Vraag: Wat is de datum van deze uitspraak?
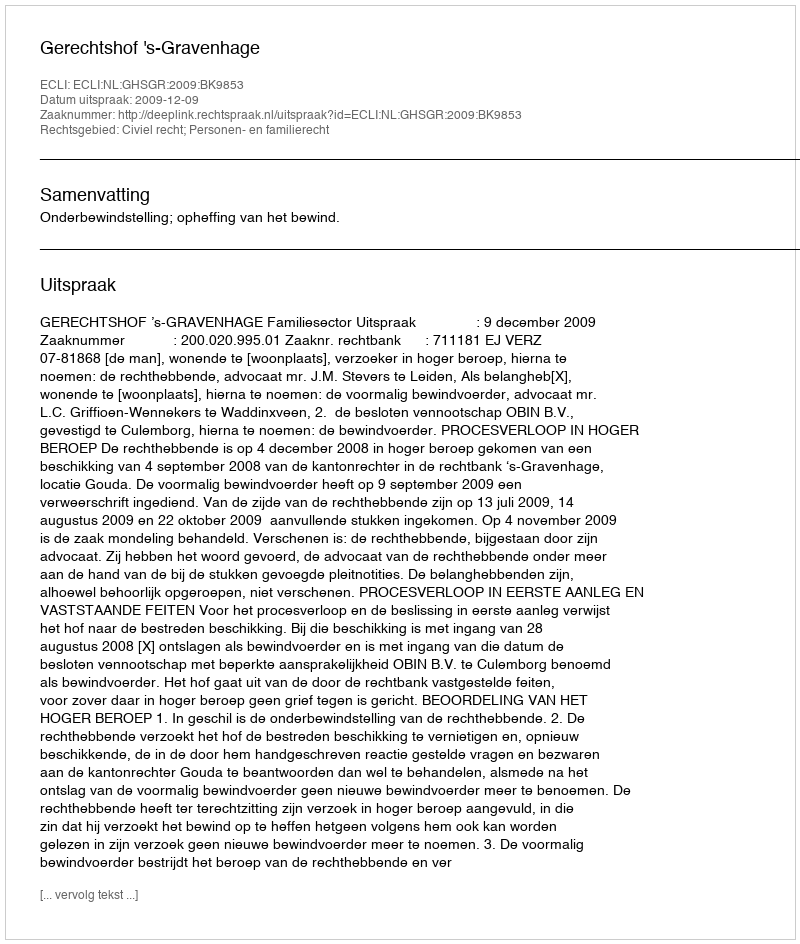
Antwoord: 2009-12-09